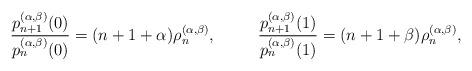
LaTeX: \begin{align*}\frac{p^{(\alpha,\beta)}_{n+1}(0)}{p^{(\alpha,\beta)}_{n}(0)} &=(n+1+\alpha)\rho^{(\alpha,\beta)}_n,&\frac{p^{(\alpha,\beta)}_{n+1}(1)}{p^{(\alpha,\beta)}_{n}(1)} & =(n+1+\beta)\rho^{(\alpha,\beta)}_n,\end{align*}